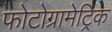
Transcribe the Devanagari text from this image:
फोटोग्रामेट्रिक